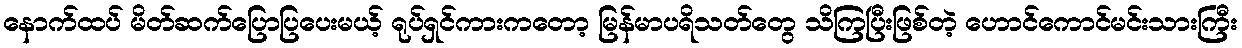
နောက်ထပ် မိတ်ဆက်ပြောပြပေးမယ့် ရုပ်ရှင်ကားကတော့ မြန်မာပရိသတ်တွေ သိကြပြီးဖြစ်တဲ့ ဟောင်ကောင်မင်းသားကြီး